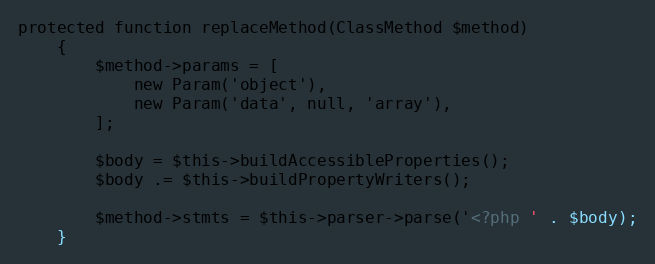
Language: PHP
protected function replaceMethod(ClassMethod $method)
    {
        $method->params = [
            new Param('object'),
            new Param('data', null, 'array'),
        ];

        $body = $this->buildAccessibleProperties();
        $body .= $this->buildPropertyWriters();

        $method->stmts = $this->parser->parse('<?php ' . $body);
    }